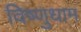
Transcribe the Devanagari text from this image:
विष्णुधाम